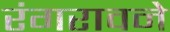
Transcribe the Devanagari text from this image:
रंगरावने